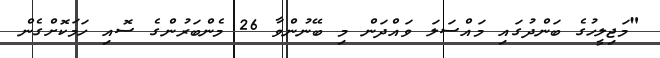
"މަޖިލީހުގެ ބަންދުގައި މައްސަލަ ވައްދަން މި ބޭނުންވާ 26 މެންބަރުންގެ ސޮއި ހަމަކޮށްގެން